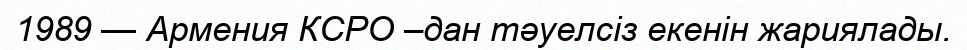
1989 — Армения КСРО –дан тәуелсіз екенін жариялады.